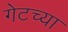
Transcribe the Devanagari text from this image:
गेटच्या